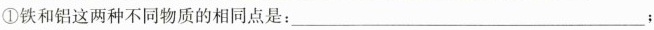
①铁和铝这两种不同物质的相同点是：___；